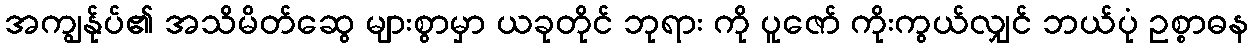
အကျွန်ုပ်၏ အသိမိတ်ဆွေ များစွာမှာ ယခုတိုင် ဘုရား ကို ပူဇော် ကိုးကွယ်လျှင် ဘယ်ပုံ ဥစ္စာဓန